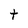
Character: t